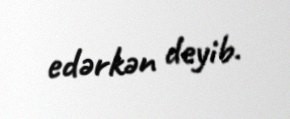
edərkən deyib.